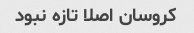
کروسان اصلا تازه نبود